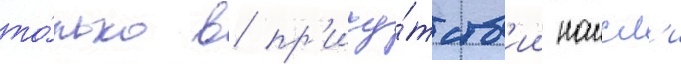
то́лько в пр'ису́тств'ии наисл'и